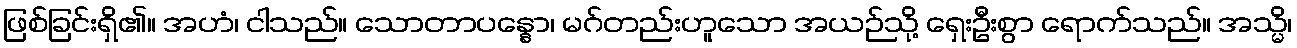
ဖြစ်ခြင်းရှိ၏။ အဟံ၊ ငါသည်။ သောတာပန္နော၊ မဂ်တည်းဟူသော အယဉ်သို့ ရှေးဦးစွာ ရောက်သည်။ အသ္မိ၊